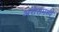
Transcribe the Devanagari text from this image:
अरोरामध्ये